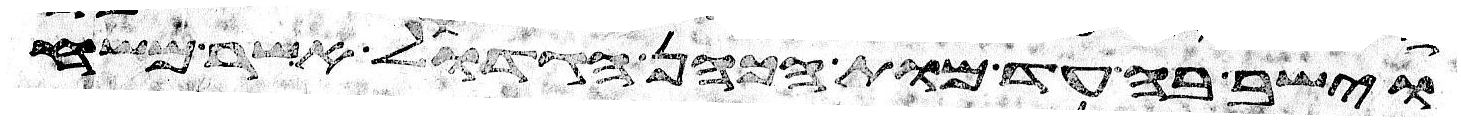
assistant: וישב בה עד מות הכהן הגדול אשר משח